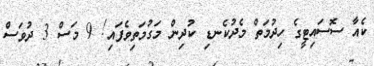
ކެއާ ސޮސައިޓީގެ ހިދުމަތް މެދުކެނޑި ކުދިން މަގުމަތިވެފައި! 9 މަސް 3 ދުވަސް